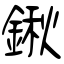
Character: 鍬